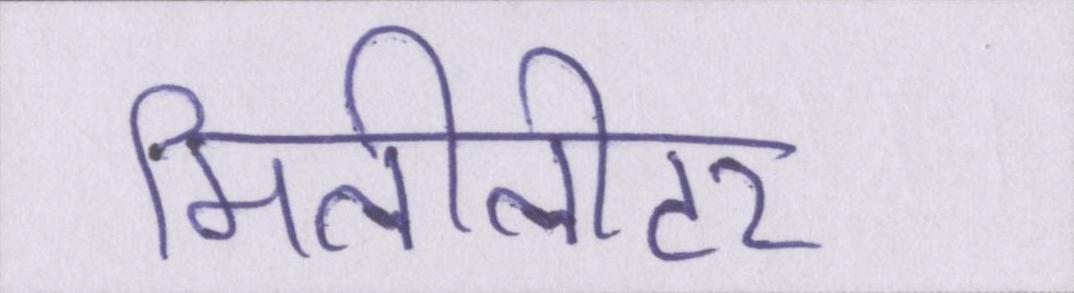
मिलीलीटर